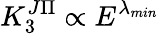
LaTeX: K_{3}^{J\Pi}\propto E^{\lambda_{min}}